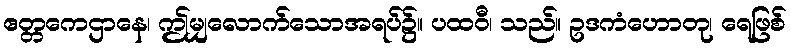
ဧတ္တကေဌာနေ၊ ဤမျှလောက်သောအရပ်၌။ ပထဝီ၊ သည်။ ဥဒကံဟောတု၊ ရေဖြစ်